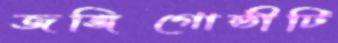
জঙ্গিগোষ্ঠীটি